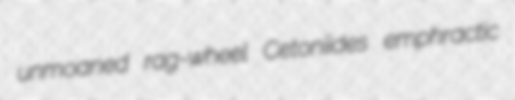
unmoaned rag-wheel Cetoniides emphractic